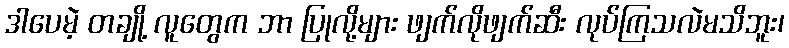
ဒါပေမဲ့ တချို့ လူတွေက ဘာ ပြုလို့များ ဖျက်လိုဖျက်ဆီး လုပ်ကြသလဲမသိဘူး၊